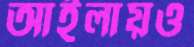
আইলায়ও